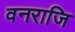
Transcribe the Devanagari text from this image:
वनराजि